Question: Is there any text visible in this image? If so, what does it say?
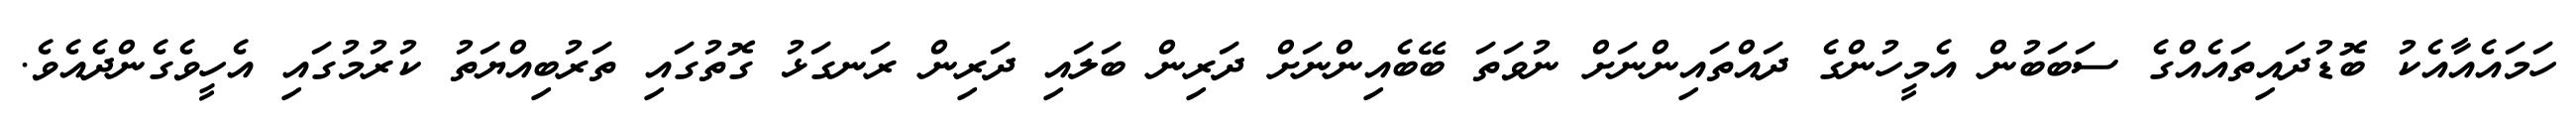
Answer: ހަމައެއާއެކު ބޮޑުދައިތައެއްގެ ސަބަބުން އެމީހުންގެ ދައްތައިންނަށް ނުވަތަ ބޭބެއިންނަށް ދަރިން ބަލައި ދަރިން ރަނގަޅު ގޮތުގައި ތަރުބިއްޔަތު ކުރުމުގައި އެހީވެގެންދެއެވެ.